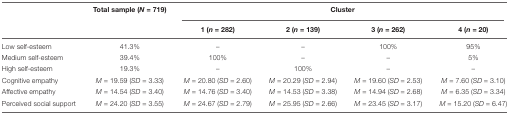
|  | Total sample (N = 719) | <COLSPAN=4> Cluster |
 |  |  | 1 (n = 282) | 2 (n = 139) | 3 (n = 262) | 4 (n = 20) |
 | --- | --- | --- | --- | --- | --- |
 | Low self-esteem | 41.3% | – | – | 100% | 95% |
 | Medium self-esteem | 39.4% | 100% | – | – | 5% |
 | High self-esteem | 19.3% | – | 100% | – | – |
 | Cognitive empathy | M = 19.59 (SD = 3.33) | M = 20.80 (SD = 2.60) | M = 20.29 (SD = 2.94) | M = 19.60 (SD = 2.53) | M = 7.60 (SD = 3.10) |
 | Affective empathy | M = 14.54 (SD = 3.40) | M = 14.76 (SD = 3.40) | M = 14.53 (SD = 3.38) | M = 14.94 (SD = 2.68) | M = 6.35 (SD = 3.34) |
 | Perceived social support | M = 24.20 (SD = 3.55) | M = 24.67 (SD = 2.79) | M = 25.95 (SD = 2.66) | M = 23.45 (SD = 3.17) | M = 15.20 (SD = 6.47) |